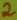
Text: 2